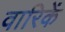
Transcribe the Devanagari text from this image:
वारिकें